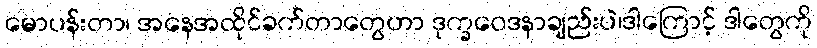
မောပန်းတာ၊ အနေအထိုင်ခက်တာတွေဟာ ဒုက္ခဝေဒနာချည်းပဲ၊ဒါကြောင့် ဒါတွေကို